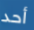
أحد